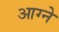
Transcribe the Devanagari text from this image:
आग्ने